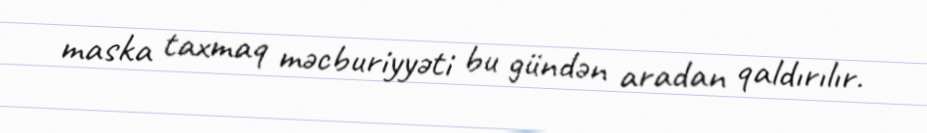
maska taxmaq məcburiyyəti bu gündən aradan qaldırılır.